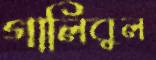
গালিবুল